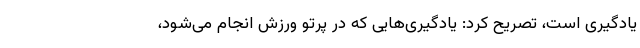
یادگیرى است، تصریح کرد: یادگیری‌هایی که در پرتو ورزش انجام می‌شود،